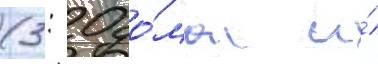
(3: 0 до́ма и́